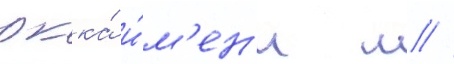
ркка́ и́м'ен'и м //